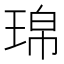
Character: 𤦝